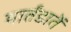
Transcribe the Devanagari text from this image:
मार्तंडातें